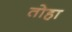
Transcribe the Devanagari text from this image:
तोहा